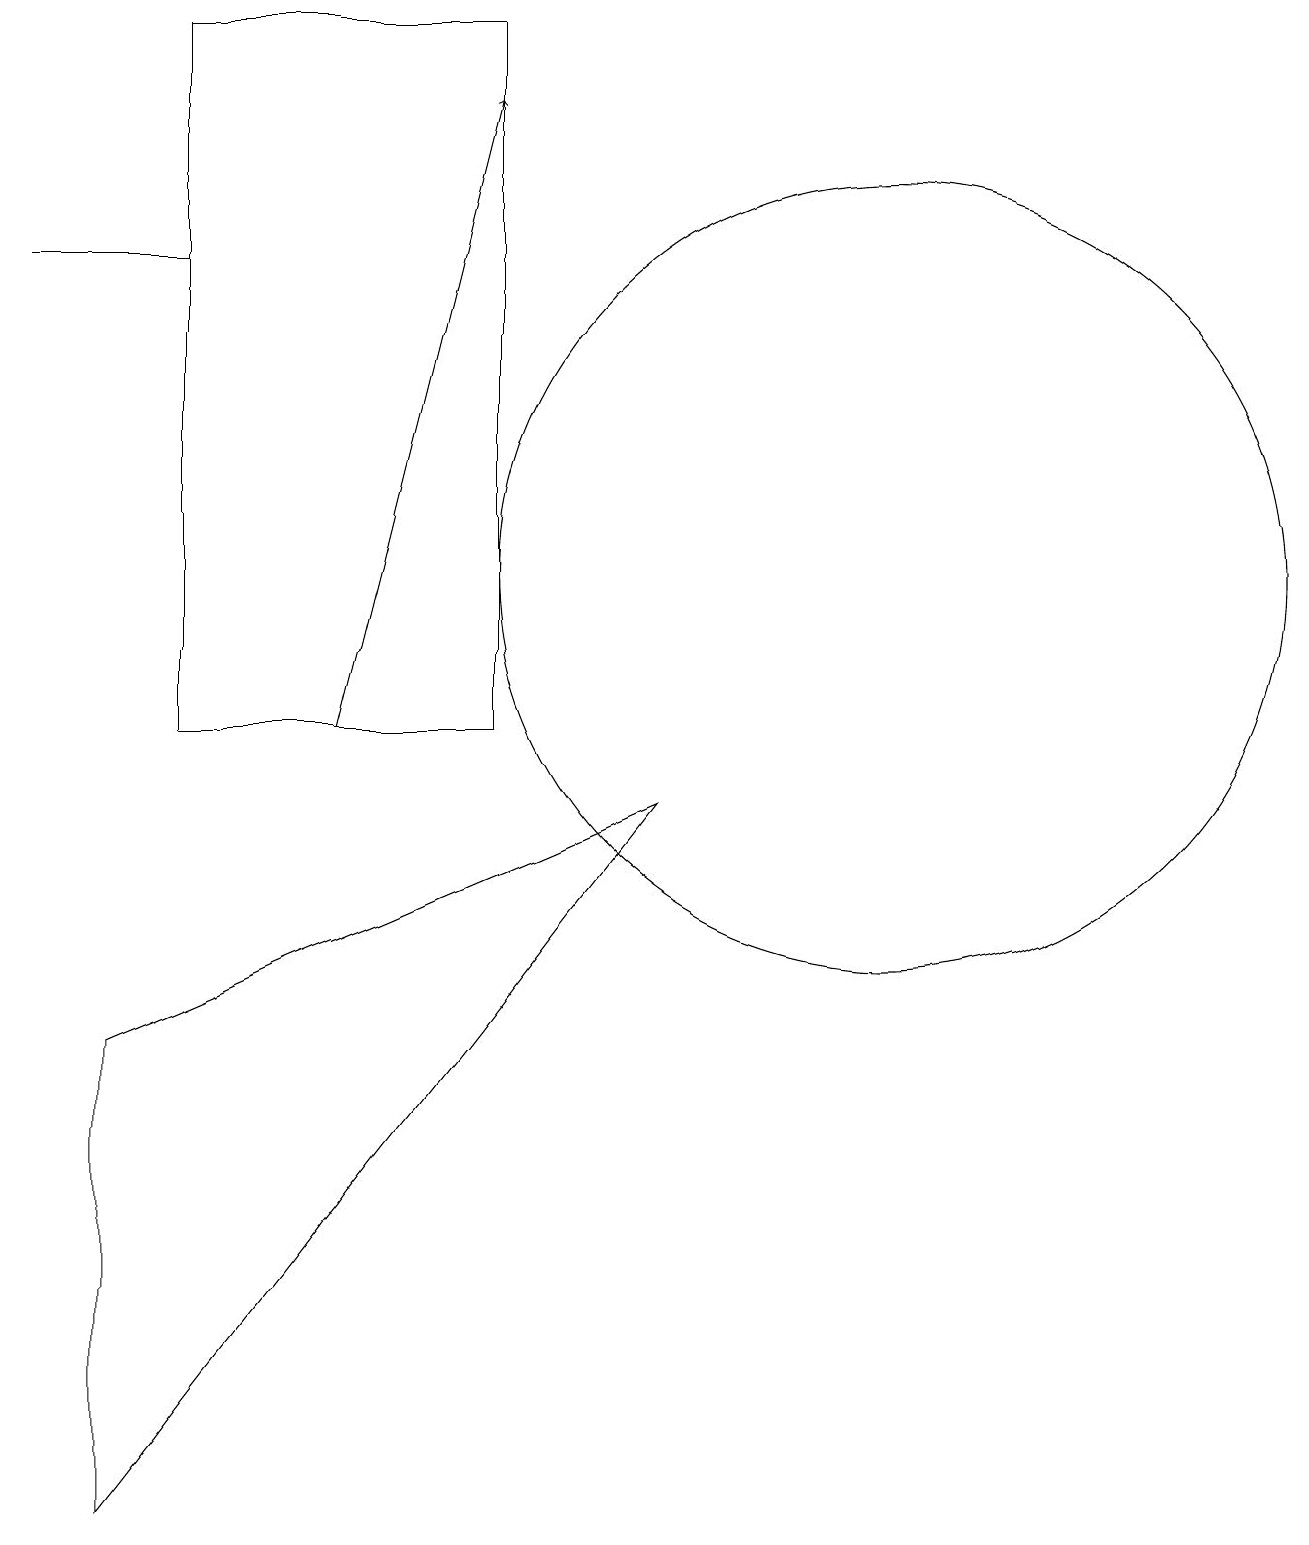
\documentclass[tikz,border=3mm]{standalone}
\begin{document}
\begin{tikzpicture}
\draw (11,12) circle (5);
\draw[->] (4,10) -- (6,18);
\draw (2,16) rectangle (0,16);
\draw (6,19) rectangle (2,10);
\draw (1,0) -- (8,9) -- (1,6) -- cycle;
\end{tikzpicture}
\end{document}